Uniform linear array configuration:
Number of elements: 64
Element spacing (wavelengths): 1
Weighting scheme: hann
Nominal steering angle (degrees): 0
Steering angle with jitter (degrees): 0.5371
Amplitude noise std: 0.05
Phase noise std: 0.05

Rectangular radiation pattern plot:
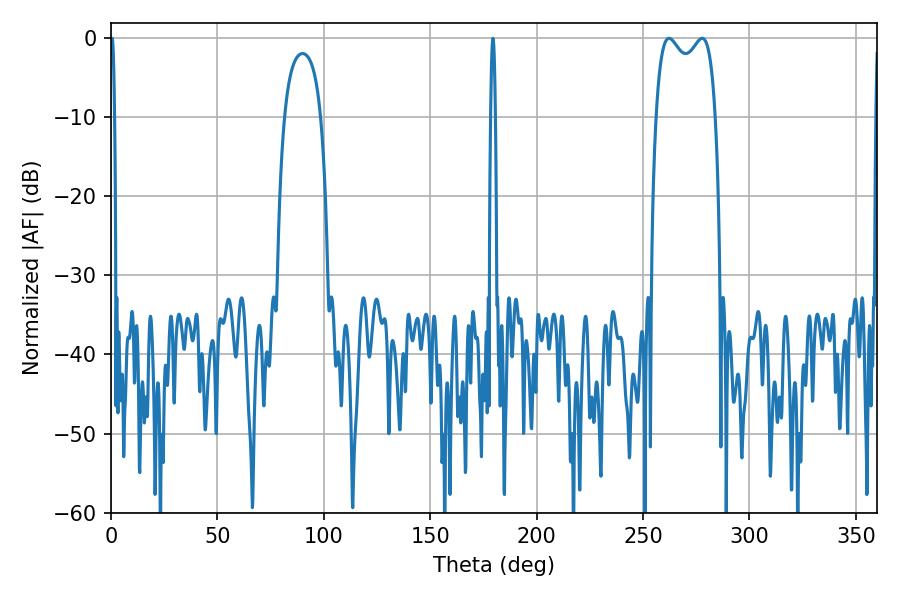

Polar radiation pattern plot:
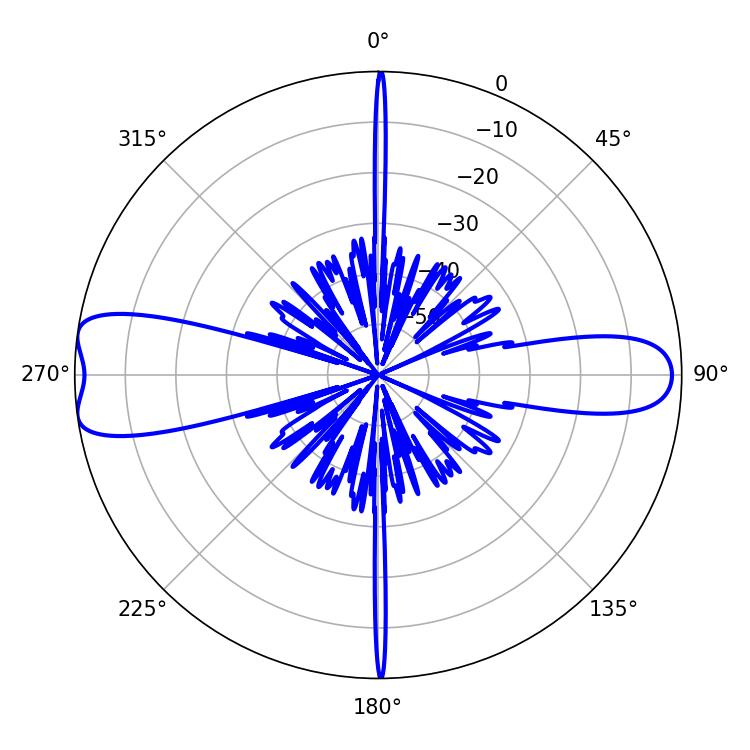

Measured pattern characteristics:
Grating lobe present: TRUE
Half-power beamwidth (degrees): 23.04
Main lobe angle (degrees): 277.74